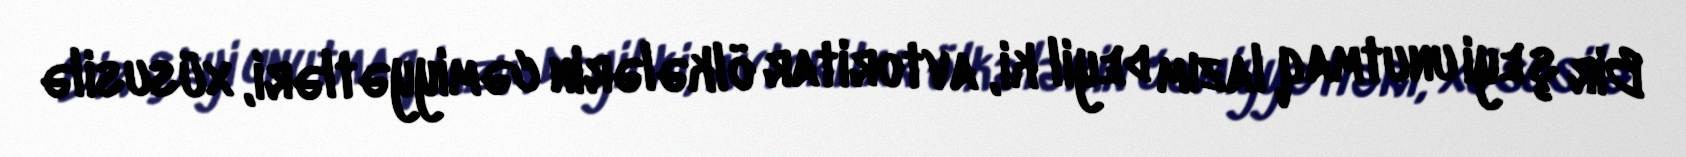
Bir şeyi unutmaq lazım deyil ki, avtoritar ölkələrin cəmiyyətləri, xüsusilə